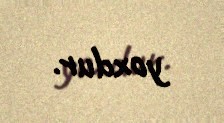
yoxdur.